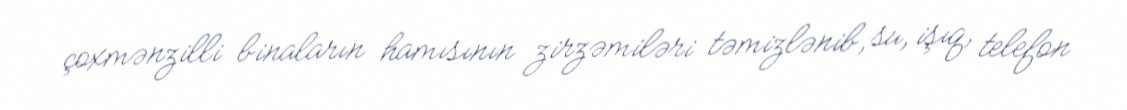
çoxmənzilli binaların hamısının zirzəmiləri təmizlənib, su, işıq, telefon